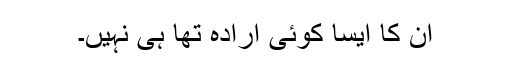
اُن کا ایسا کوئی ارادہ تھا ہی نہیں۔